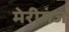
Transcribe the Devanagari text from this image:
मेरीगंज